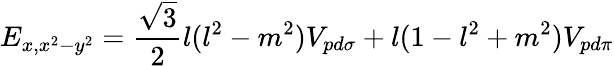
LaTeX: E_{x,x^{2}-y^{2}}={\frac{\sqrt{3}}{2}}l(l^{2}-m^{2})V_{pd\sigma}+l(1-l^{2}+m^{2})V_{pd\pi}